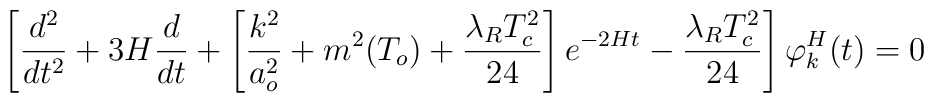
\left[ \frac{d^2}{dt^2}+3H\frac{d}{dt}+\left[\frac{k^2}{a_o^2}+m^2(T_o)+\frac{\lambda_R T^2_c}{24}\right]e^{-2Ht}-\frac{\lambda_R T^2_c}{24}\right]\varphi^H_k(t) = 0